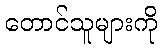
တောင်သူများကို